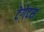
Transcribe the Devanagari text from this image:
टेगेटस